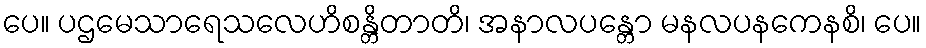
ပေ။ ပဌမေသာရေသလေဟိစန္တိတာတိ၊ အနာလပန္တော မနလပနကေနစိ၊ ပေ။